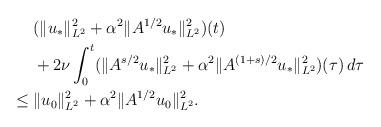
LaTeX: \begin{align*}&\;(\|u_*\|_{L^2}^2+\alpha^2 \|A^{1/2}u_*\|_{L^2}^2)(t)\\&\;+2\nu\int_0^t(\|A^{s/2}u_*\|^2_{L^2} +\alpha^2\|A^{(1+s)/2}u_*\|^2_{L^2})(\tau)\,d\tau\\\leq &\;\|u_0\|_{L^2}^2+\alpha^2 \|A^{1/2}u_0\|_{L^2}^2.\end{align*}